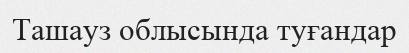
Ташауз облысында туғандар